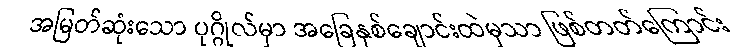
အမြတ်ဆုံးသော ပုဂ္ဂိုလ်မှာ အခြေနှစ်ချောင်းထဲမှသာ ဖြစ်တတ်ကြောင်း